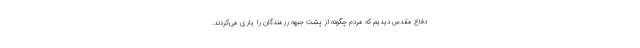
دفاع مقدس دیدیم که مردم چگونه از پشت جبهه رزمندگان را یاری می‌کردند.